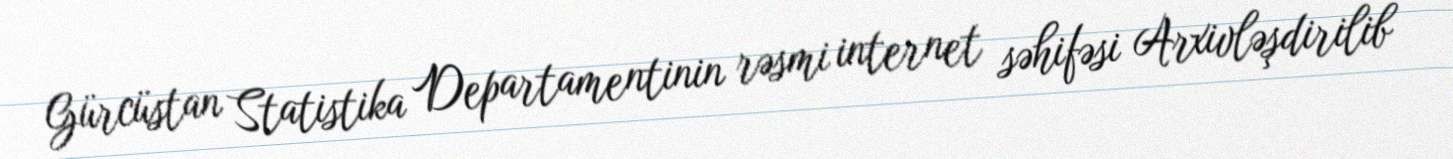
Gürcüstan Statistika Departamentinin rəsmi internet səhifəsi Arxivləşdirilib